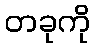
တခုကို